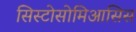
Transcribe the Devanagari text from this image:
सिस्टोसोमिआसिस